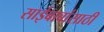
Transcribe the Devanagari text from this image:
साईबाबांसाठी